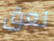
لعق